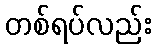
တစ်ရပ်လည်း